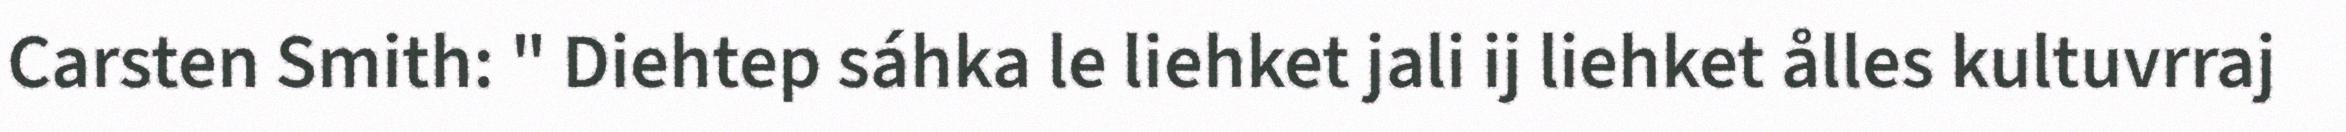
Carsten Smith: " Diehtep sáhka le liehket jali ij liehket ålles kultuvrraj